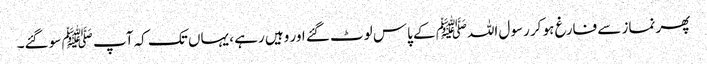
پھر نماز سے فارغ ہو کر رسول اللہﷺ کے پاس لوٹ گئے اور وہیں رہے ، یہاں تک کہ آپ ﷺ سو گئے۔